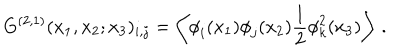
LaTeX: G ^ { ( 2 , 1 ) } ( x _ { 1 } , x _ { 2 } ; x _ { 3 } ) _ { i , j } = \left\langle { \phi } _ { i } ( x _ { 1 } ) { \phi } _ { j } ( x _ { 2 } ) \frac { 1 } { 2 } { \phi } _ { k } ^ { 2 } ( x _ { 3 } ) \right\rangle \, .